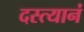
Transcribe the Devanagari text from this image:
दस्त्यानं